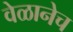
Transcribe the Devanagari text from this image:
वेळानेच